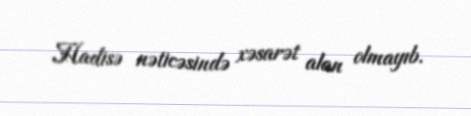
Hadisə nəticəsində xəsarət alan olmayıb.